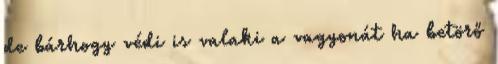
de bárhogy védi is valaki a vagyonát ha betörő